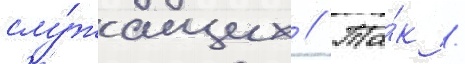
слу́жащих // Та́к /